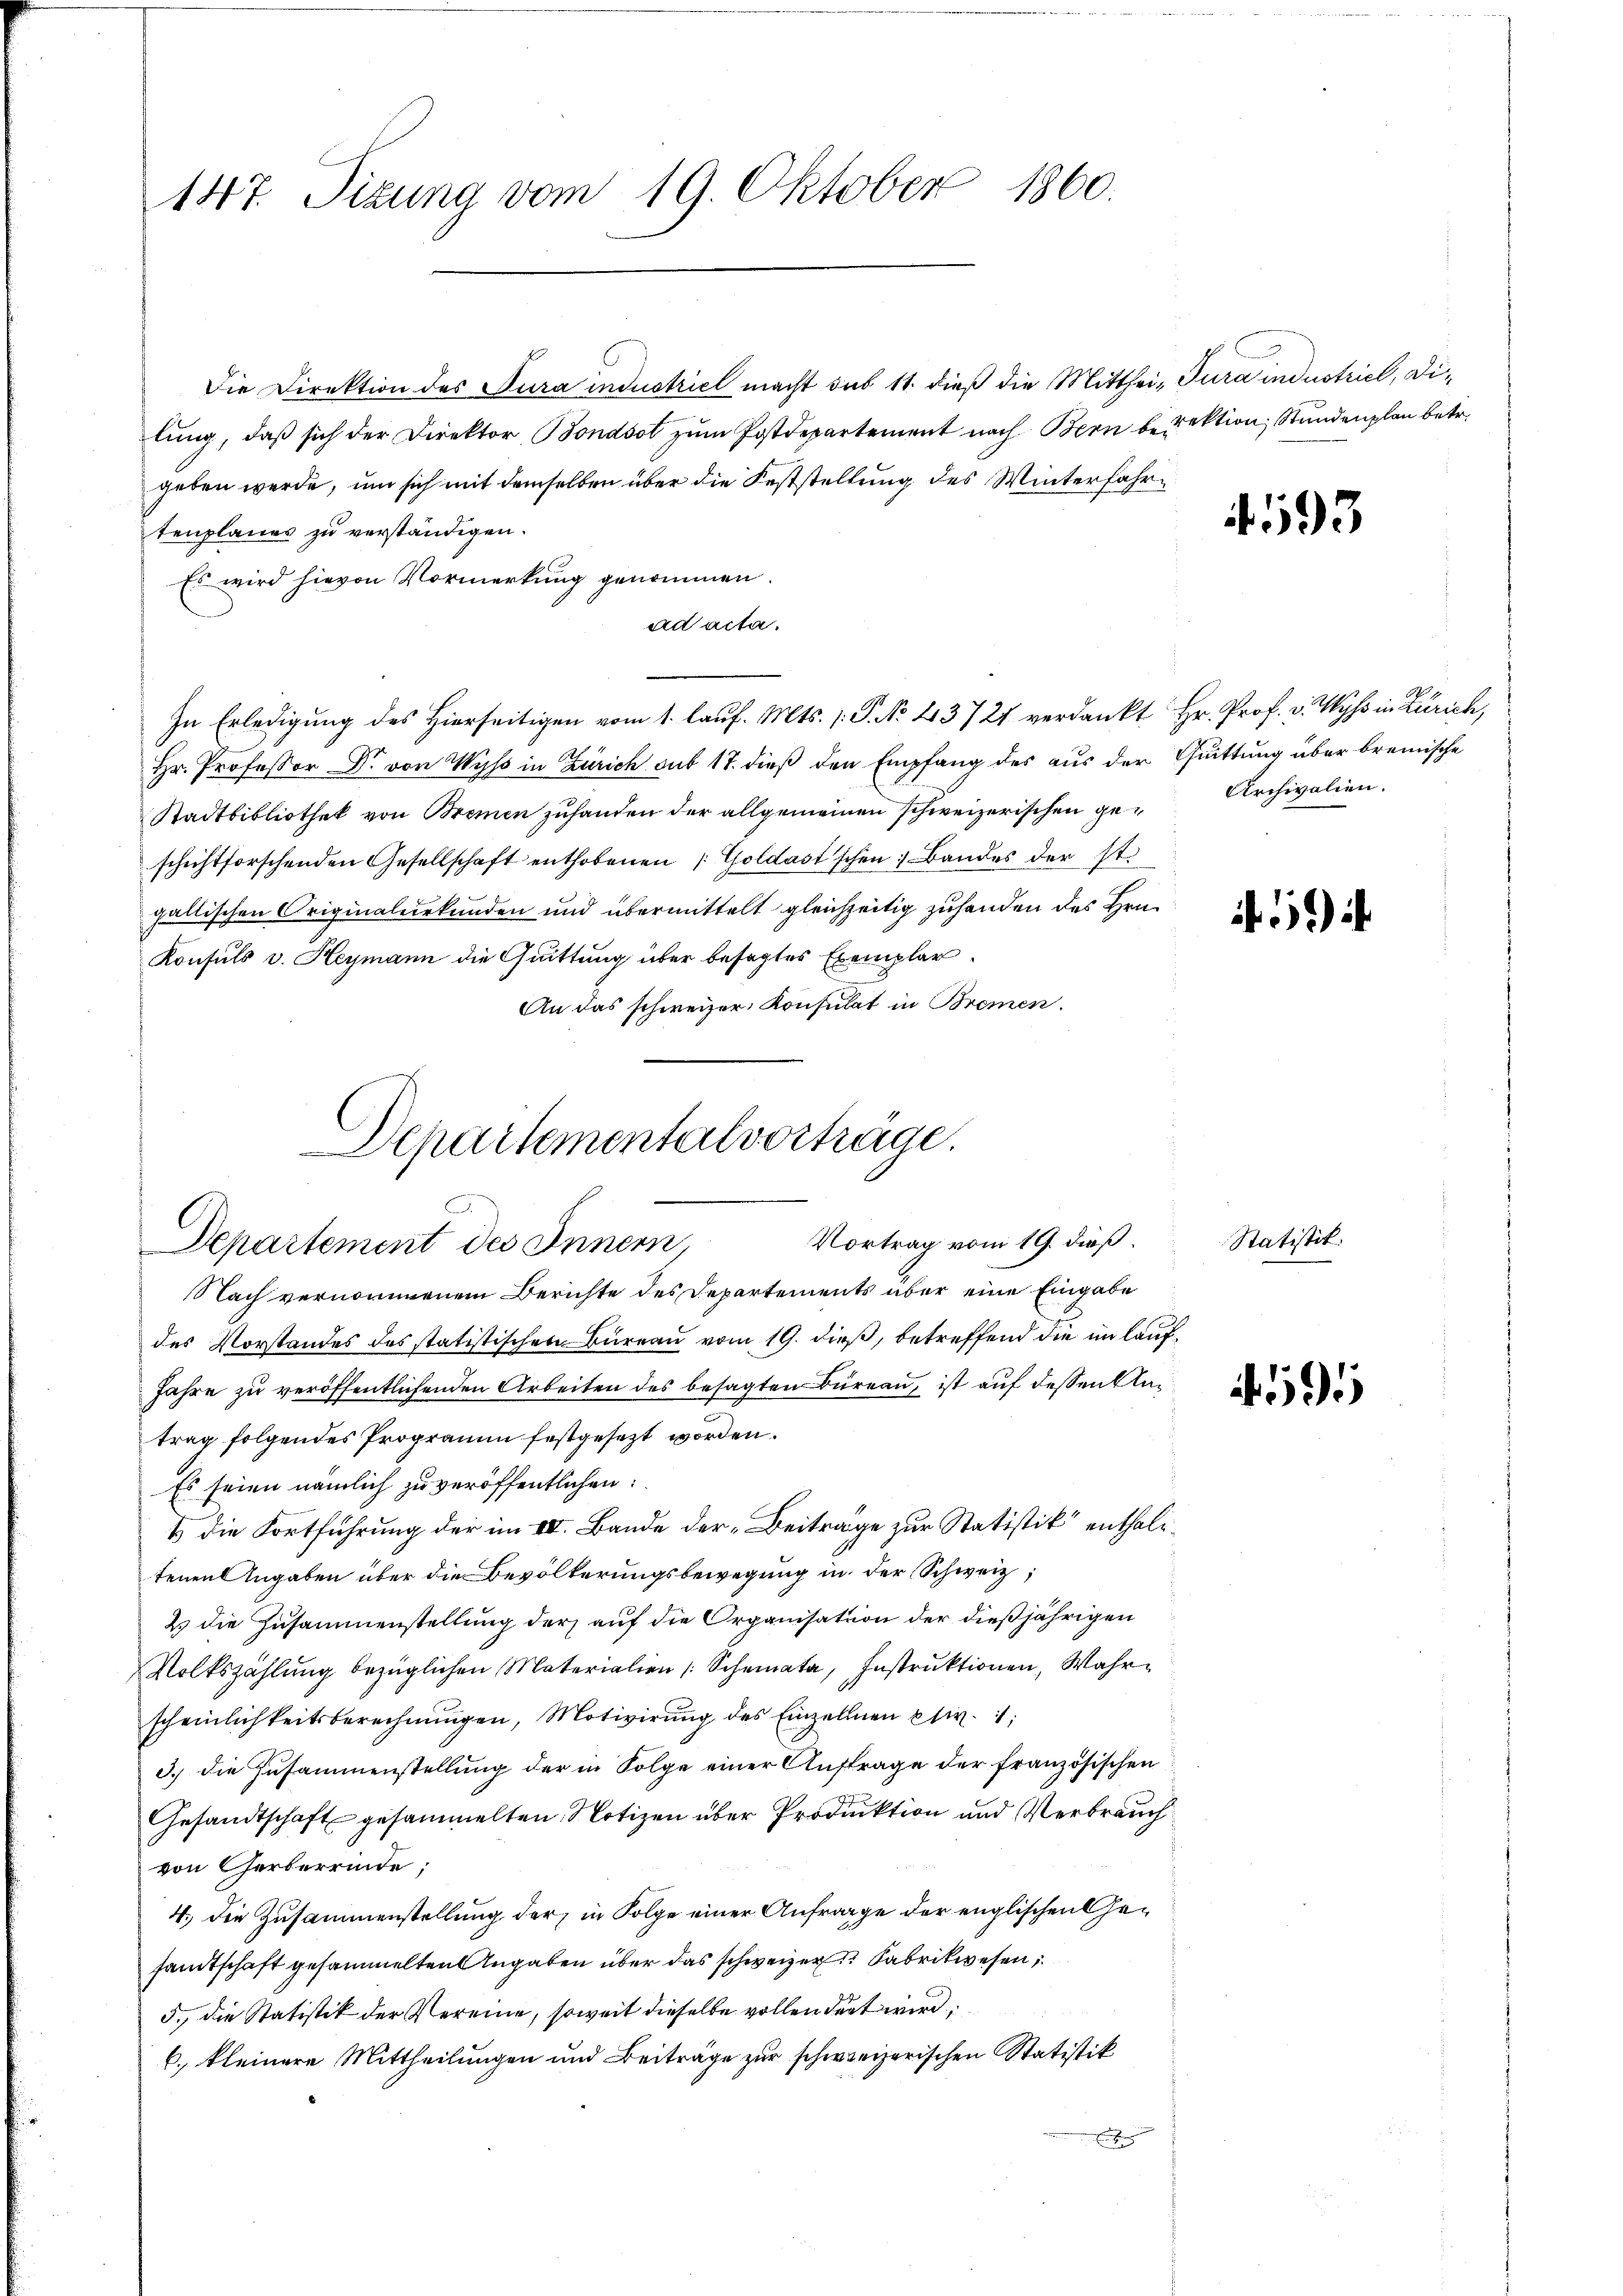
147. Sizung vom 19. Oktober 1860.

Die Direktion des Jura industriel macht sub 11. dieß die Mitthei- Jura industriel, Dilŭng, daβ sich der Direktor, Bondsol zŭm Postdepartement nach Bern berektion, Stundenplan betr.
geben werde, um sich mit demselben über die Feststellung des Winterfahrtenplanes zu verständigen.
Es wird hievon Vormerkung genommen.
ad acta.
In Erledigung des Hierseitigen vom 1. lauf. Mts. s. S. No. 43721 verdankt Hr. Prof. v. Wyss in Zürich,
Hr. Professor Dr. von Wyss in Zürich sub 17. dieß den Empfang des aus der Quittung über bremische
Stadtbibliothek von Bremen zuhanden der allgemeinen schweizerischen ge-Archivalien.
schichtforschenden Gesellschaft enthobenen Goldast'schen Bandes der st.
gallischen Originalurkunden und übermittelt gleichzeitig zuhanden des Hrn.
Konsuls v. Heymann die Quittung über besagtes Exemplar
An das schweizer Konsulat in Bremen.
Departemental vorträge.

E
Vortrag vom 19. dieß.
Departement des Innern,

Nach vernommenem Berichte des Departements über eine Eingabe
des Vorstandes des statistischen Büreau vom 19. dieß, betreffend die im lauf¬
Jahre zu veröffentlichenden Arbeiten des besagten Büreau, ist auf dessen Antrag folgendes Programm festgesezt worden.
Es seien nämlich zu veröffentlichen:
1 die Fortführung der im IV. Bande der „Beiträge zur Statistik“ enthaltenen Angaben über die Bevölkerungsbewegung in der Schweiz,
2) die Zusammenstellung der auf die Organisation der dießjährigen
Volkszählŭng bezüglichen Materialien (Schemata, Instrŭktionen, Wahr-
scheinlichkeitsberechnungen, Motivirung des Einzellnen psiv.
3. die Zusammenstellung der in Folge einer Auftrage der französischen
Gesandtschaft gesammelten Notizen über Produktion und Verbrauch
von Gerberrinde;
4. die Zusammenstellung der in Folge einer Anfrage der englischen Gesandtschaft gesammelten Angaben über das schweizer Fabrikwesen,
5. die Statistik der Vereine, soweit dieselbe vollendert wird
6. kleinere Mittheilungen und Beiträge zur schweizerischen Statistik
E

93

Statistit.